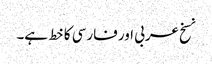
نسخ عربی اور فارسی کا خط ہے۔